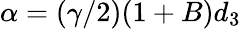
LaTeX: \alpha=(\gamma/2)(1+B)d_{3}